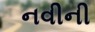
નવીની